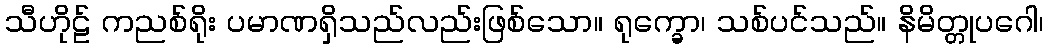
သီဟိုဠ် ကညစ်ရိုး ပမာဏရှိသည်လည်းဖြစ်သော။ ရုက္ခော၊ သစ်ပင်သည်။ နိမိတ္တုပဂေါ၊